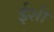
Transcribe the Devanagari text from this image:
ईशी